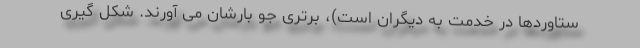
ستاوردها در خدمت به دیگران است)، برتری جو بارشان می آورند. شکل گیری